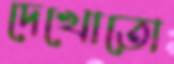
দেখোতো